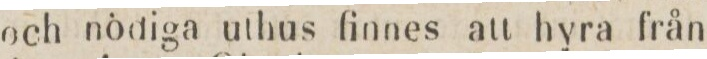
och nödiga uthus finnes att hyra från